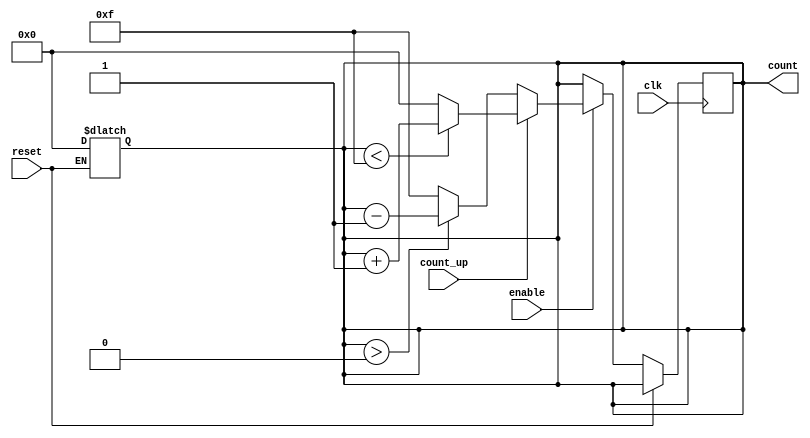
module async_reset_sync_counter #(
    parameter BIT_WIDTH = 4,  // Bit width of the counter
    parameter INITIAL_VALUE = 0 // Initial value for the counter
)(
    input wire clk,             // Clock signal
    input wire reset,           // Asynchronous reset signal (active high)
    input wire enable,          // Count enable signal
    input wire count_up,        // Count direction: 1 for up, 0 for down
    output reg [BIT_WIDTH-1:0] count // Counter value
);

    // Asynchronous reset logic
    always @(*) begin
        if (reset) begin
            count = INITIAL_VALUE; // Reset to initial value
        end
    end

    // Synchronous counting logic
    always @(posedge clk) begin
        if (!reset) begin // Only count if reset is not active
            if (enable) begin
                if (count_up) begin
                    if (count < (2**BIT_WIDTH - 1)) begin
                        count <= count + 1; // Increment
                    end else begin
                        count <= 0; // Wrap around to 0
                    end
                end else begin
                    if (count > 0) begin
                        count <= count - 1; // Decrement
                    end else begin
                        count <= (2**BIT_WIDTH - 1); // Wrap around to max value
                    end
                end
            end
        end
    end

endmodule